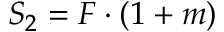
S _ { 2 } = F \cdot ( 1 + m )